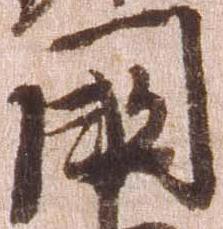
国